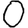
Digit: 0